Civil Veterinary Department Bihar & Orissa reports 1922-29 - 1922-1929
Year: 1922
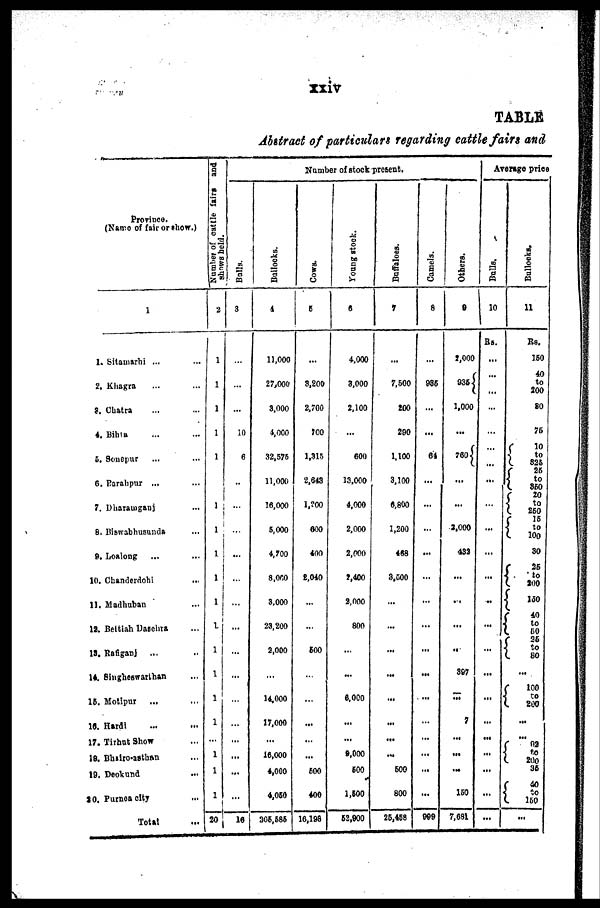
xxiv
TABLE
Abstract of particulars regarding cattle fairs and
Province.
(Name of fair or show.)
1
1. Sitamarhi ...
2. Khagra ...
3. Chatra ...
4. Bihla ...
5. Sonepur ...
6. Barahpur ...
7. Dharamganj ...
8. Biswabhusunda ...
9. Loalong ...
10. Chanderdohi ...
11. Madhuban ...
13. Bettiah Dasehra ...
13. Bafiganj
...
14. Singheswarthan ...
15. Motipur ... ...
16. Hardi ... ...
17. Tirhut Show ...
18. Bhuiro-asthan ...
19. Deokund ...
20. Purne city ...
Total ...
Number of cattle fairs and
shows held.
2
1
1
1
1
1
1
1
1
1
1
1
1
1
1
1
1
1
1
20
Number of stock present.
Bal l s.
3
...
...
...
10
6
..
..
...
...
...
...
...
...
...
...
...
...
...
...
16
Bul l
ocks .
4
11,000
27,000
3.000
4,000
32,575
11,000
16,000
5,000
4,700
8,060
3,000
23,200
2,000
...
14,000
17,000
...
16,000
4,000
4,050
206,585
Cows .
5
...
3,200
2,700
700
1,315
2,643
1,200
600
400
e,040
...
...
600
..,
...
...
...
...
500
400
16,198
Young s t
ock
6
4,000
3,000
2,100
...
600
13,000
4,000
2,000
2,000
2,400
2,000
800
...
...
6,000
...
...
9,000
500
1,500
52,900
Buf f
al oes .
7
...
7,500
200
290
1,100
3,100
6,800
1,200
468
3,500
...
...
...
...
...
...
...
...
500
800
25,458
Camel s .
8
...
935
...
...
64
...
...
...
...
...
...
...
...
...
...
...
...
...
...
...
999
Ot her s.
9
2,000
935
1,000
...
760
...
...
2,000
432
...
...
...
...
397
...
7
...
...
...
150
7,681
Avenge price
Bul l s.
10
Rs.
...
...
...
...
...
...
...
...
...
...
...
...
...
...
...
...
...
Bul l
ocks .
11
Rs.
150
40
to
200
80
75
10
to
826
25
to
360
20
to
250
15
to
100
30
25
to
200
150
40
to
50
36
to
80
...
100
to
200
...
....
92
to
200
35
40
to
160
...